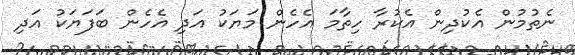
ނެތުމުން އެކުދިން އެކުރާ ހިތާމަ އެހެން މަޔަކު އަދި އެހެން ބަފަޔަކު އަދި